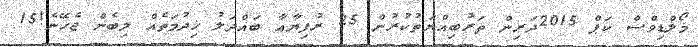
މޯލްޑިވްސް ކަޕް 2015ދަރިން ތަރުބިއްޔަތުކުރުން 25 ރުފިޔާއާ ބައްދަލު ޚިދުމަތެއް ލިބެން ޖެހޭނެ!15